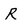
Character: R